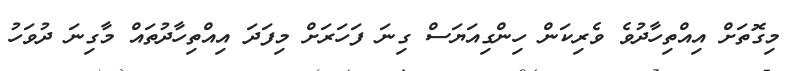
މިގޮތަށް އިއްތިހާދުވެ ވެރިކަން ހިންގިއަޔަސް ގިނަ ފަހަރަށް މިފަދަ އިއްތިހާދުތައް މާގިނަ ދުވަހު